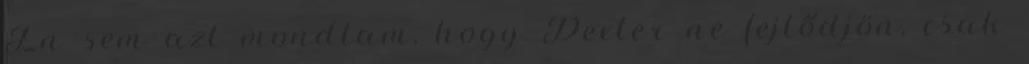
Én sem azt mondtam, hogy Dexter ne fejlődjön, csak